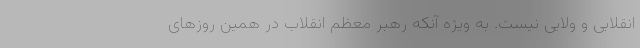
انقلابی و ولایی نیست. به ویژه آنکه رهبر معظم انقلاب در همین روزهای